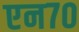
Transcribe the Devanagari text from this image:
एन७०